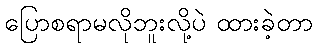
ပြောစရာမလိုဘူးလို့ပဲ ထားခဲ့တာ